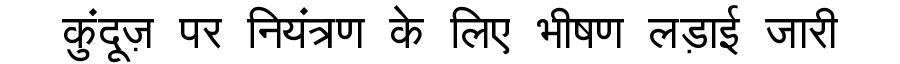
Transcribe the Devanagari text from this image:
कुंदूज़ पर नियंत्रण के लिए भीषण लड़ाई जारी